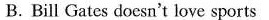
B. Bill Gates doesn't love sports